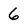
Character: 6